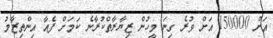
އަށް 150000 އަށް ވުރެ ގިނަ މީހުން ޒިޔާރާތްކުރާނެ ކަމަށް ފެއާ އިންތިޒާމު